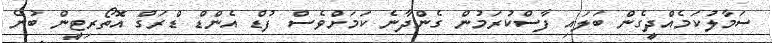
ސަމާލުކަމެއްދީގެން ބަލައި ފާސްކުރަމުން ގެންދާނެ ކަމަށްވެސް ފުޑް އެންޑް ޑްރަގް އޮތޯރިޓީން ބުނެ